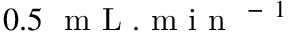
0 . 5 ~ \mathrm { ~ m ~ L ~ } . \mathrm { ~ m ~ i ~ n ~ } ^ { \mathrm { ~ - ~ } 1 }